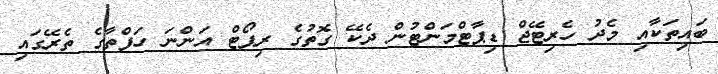
ބައިތަކާއި މެދު ހެރިޓޭޖް ޑިޕާޓްމަންޓުން ދެކޭ ގޮތުގެ ރިޕޯޓް އަންނަ ހަފްތާގެ ތެރޭގައި